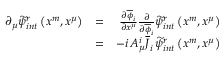
\begin{array} { r l r } { \partial _ { \mu } \widetilde { \psi } _ { i n t } ^ { r } \left( x ^ { m } , x ^ { \mu } \right) } & { = } & { \frac { \partial \overline { { \phi } } _ { i } } { \partial x ^ { \mu } } \frac { \partial } { \partial \overline { { \phi } } _ { i } } \widetilde { \psi } _ { i n t } ^ { r } \left( x ^ { m } , x ^ { \mu } \right) } \\ & { = } & { - i \, A _ { \mu } ^ { i } \overline { { J } } _ { i } \, \widetilde { \psi } _ { i n t } ^ { r } \left( x ^ { m } , x ^ { \mu } \right) } \end{array}